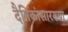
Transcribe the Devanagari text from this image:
दैनिकांसारख्या